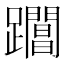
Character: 𨇡